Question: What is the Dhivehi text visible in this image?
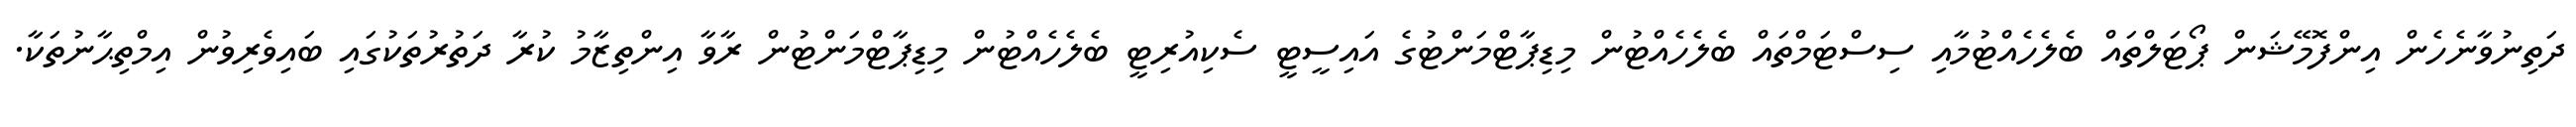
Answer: ދަތިނުވާނެހެން އިންފޮމޭޝަން ޕޯޓަލްތައް ބެލެހެއްޓުމާއި ސިސްޓަމްތައް ބެލެހެއްޓުން މިޑިޕާޓްމަންޓުގެ އައިސީޓީ ސެކިއުރިޓީ ބެލެހެއްޓުން މިޑިޕާޓްމަންޓުން ރާވާ އިންތިޒާމު ކުރާ ދަތުރުތަކުގައި ބައިވެރިވުން އިމްތިޙާނުތަކާ.